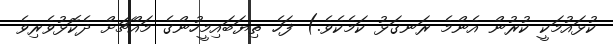
ކުޅައުމަކީ ކުރުން އެންމެ ރަނގަޅު ކަމެކެވެ.) ފަހެ ތިޔަބައިމީހުންގެ މައްޗަށް ދެކޮޅުވެރިވެ